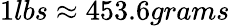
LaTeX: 1lbs\approx 453.6grams